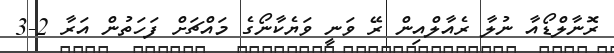
ރޮނާލްޑޯއާ ނުލާ ރެއާލްއިން ރޭ ވަނީ ވަޔެކާނޯގެ މައްޗަށް ފަހަތުން އަރާ 2-3